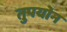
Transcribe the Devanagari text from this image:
तुपयोन